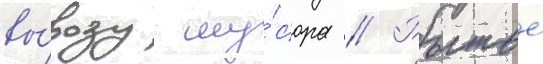
вы́возу му́сора // Рытье